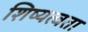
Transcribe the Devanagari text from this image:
शिष्यत्वता